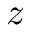
z